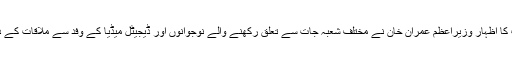
ان خیالات کا اظہار وزیراعظم عمران خان نے مختلف شعبہ جات سے تعلق رکھنے والے نوجوانوں اور ڈیجیٹل میڈیا کے وفد سے ملاقات کے دوران کیا۔